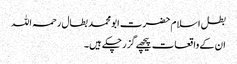
بطل اسلام حضرت ابو محمد بطال رحمہ اللہ​
ان کے واقعات پیچھے گزر چکے ہیں۔